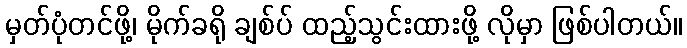
မှတ်ပုံတင်ဖို့၊ မိုက်ခရို ချစ်ပ် ထည့်သွင်းထားဖို့ လိုမှာ ဖြစ်ပါတယ်။